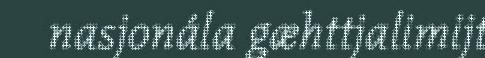
nasjonála gæhttjalimijt